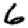
Digit: 6